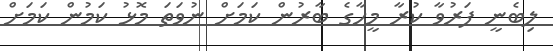
ލިބެނީ ފަރުވާ ކުރާ މީހާގެ ބާރުން ކަމަށް ނުވަތަ މޮޅު ކަމުން ކަމަށް